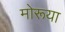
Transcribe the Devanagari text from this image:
मोरूया